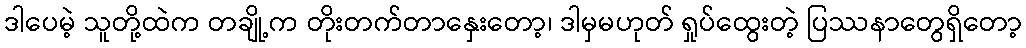
ဒါပေမဲ့ သူတို့ထဲက တချို့က တိုးတက်တာနှေးတော့၊ ဒါမှမဟုတ် ရှုပ်ထွေးတဲ့ ပြဿနာတွေရှိတော့